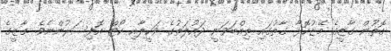
ގޮތުން ގާޒީގެ މޭޒުކޮޅާ ގާތުގައި ތިއްބަވަނީ ދައުލަތުގެ ވަކީލާއި ކޯޓް އޮފިސަރުންނެެވެ. ގާޒީގެ